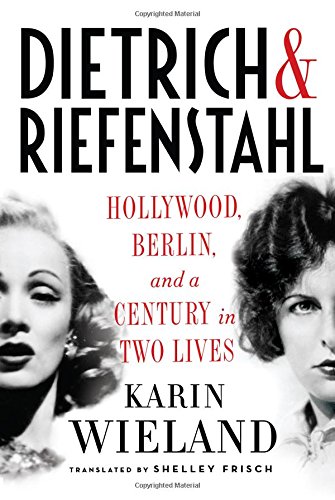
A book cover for Dietrich & Riefenstahl: Hollywood, Berlin, and a Century in Two Lives; Karin Wieland; Humor & Entertainment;